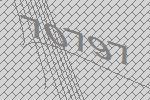
70797